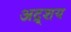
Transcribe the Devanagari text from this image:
अद्र्शय